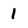
Character: 1